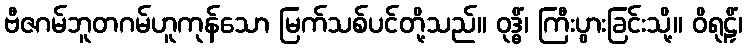
ဗီဇဂမ်ဘူတဂမ်ဟူကုန်သော မြက်သစ်ပင်တို့သည်။ ဝုဒ္ဓိံ၊ ကြီးပွားခြင်းသို့။ ဝိရုဠှိံ၊